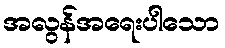
အလွန်အရေးပါသော